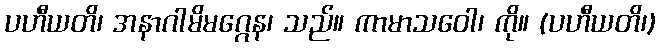
ပဟီယတိ၊ အနာဂါမိမဂ္ဂေန၊ သည်။ ကာမာသဝေါ၊ ကို။ (ပဟီယတိ၊)